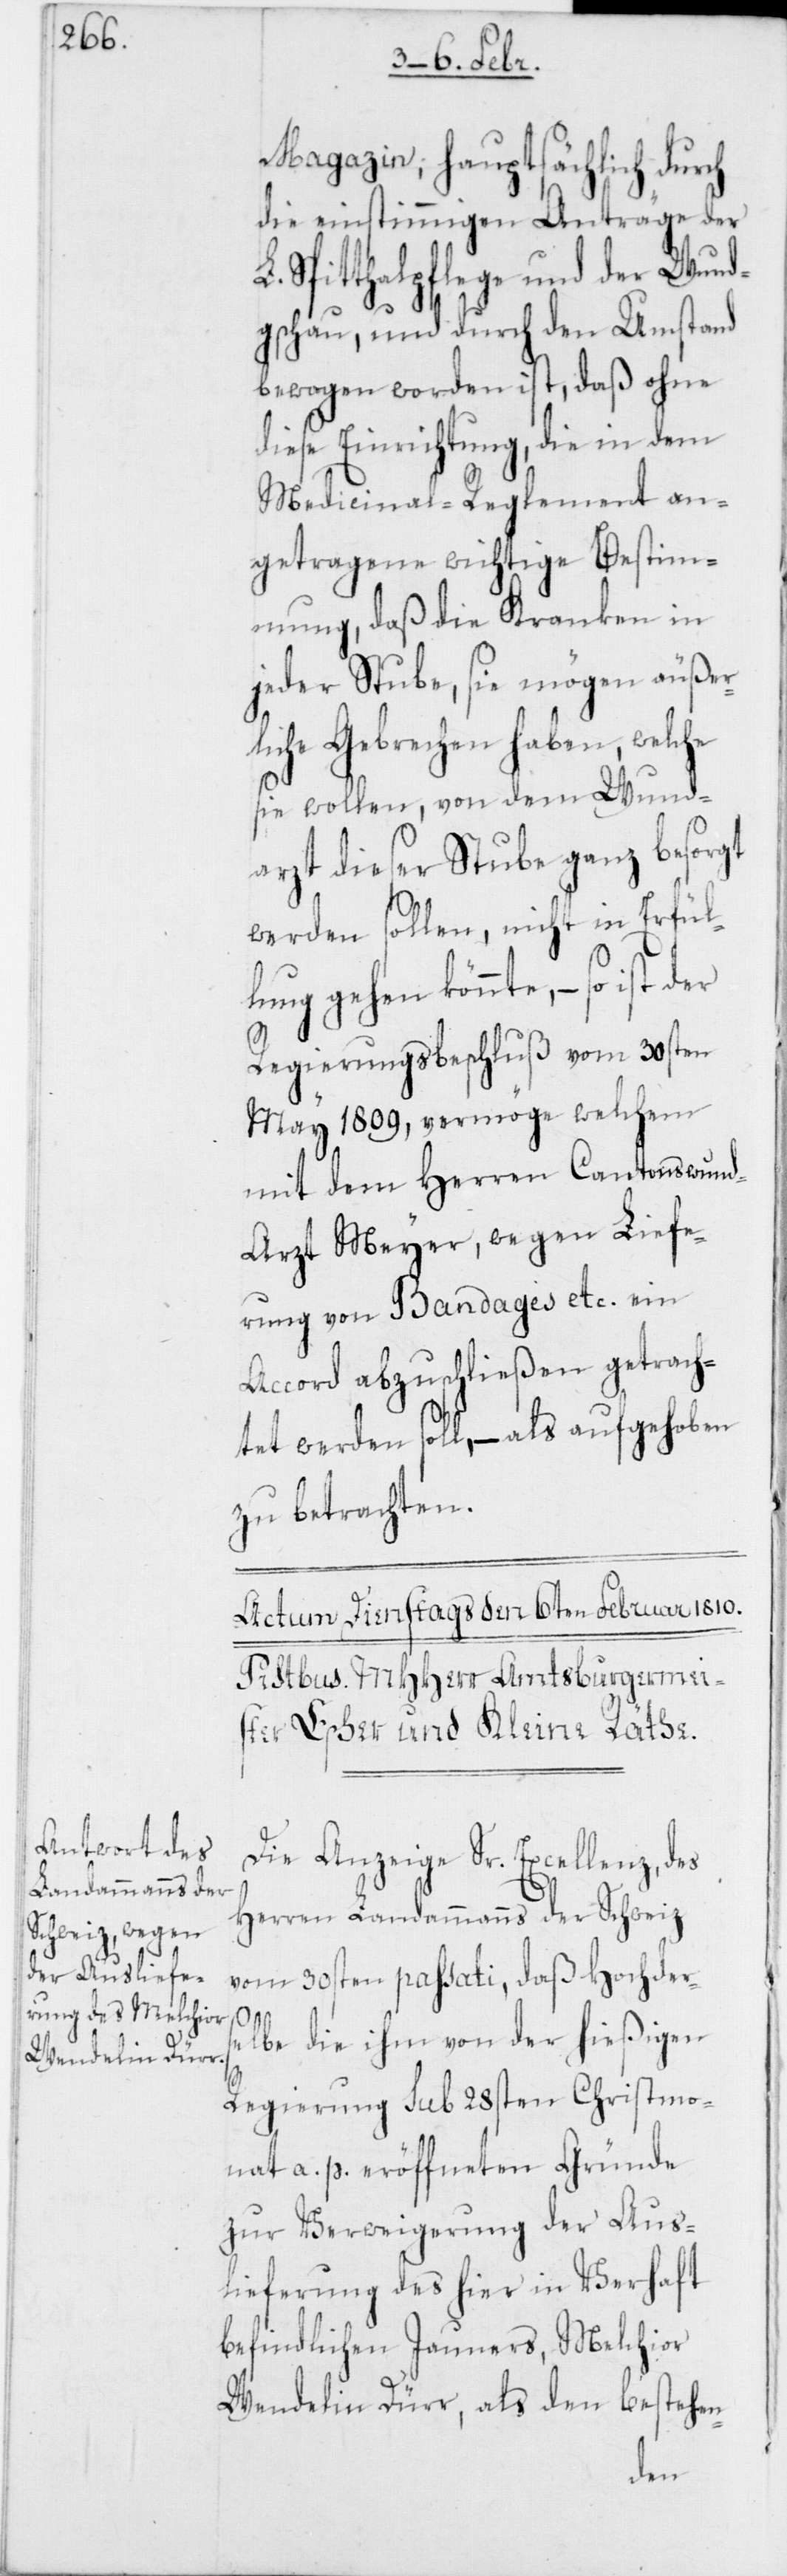
Magazin; hauptsächlich durch
die einstimmigen Anträge der
Spitthalpflege und der Wund¬
gschau, und durch den Umstand
bewogen worden ist, daß ohne
diese Einrichtung, die in dem
Medicinal-Reglement an¬
getragene wichtige Bestim¬
mung, daß die Kranken in
jeder Stube, sie mögen äußer¬
liche Gebrechen haben, welche
sie wollen, von dem Wund¬
arzt dieser Stube ganz besorgt
werden sollen, nicht in Erfül¬
lung gehen könnte, – so ist
Regierungsbeschluß vom 30ten
May 1809, vermöge welchem
mit dem Herren Cantonswun¬
d-Arzt Meyer, wegen Liefe¬
rung von Bandages etc. ein
Accord abzuschließen getrach¬
tet werden soll, – als aufgehoben
zu betrachten.
Die Anzeige Sr. Excellenz, des
Herren Landammanns der Schweiz
vom 30sten passati, daß Hochders¬
elbe die ihm von der hießigen
Regierung sub 28sten Christmo¬
nat a. p. eröffneten Gründe
zur Verweigerung der Aus¬
lieferung des hier in Verhaft
befindlichen Jauners, Melchior
Wendelin Dürr, als den bestehen-
der